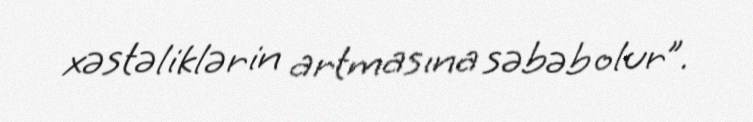
xəstəliklərin artmasına səbəb olur”.